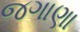
જગાણા